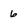
Character: 6